Vaccination in Bombay 1924-1928 - 1924-1928
Year: 1924
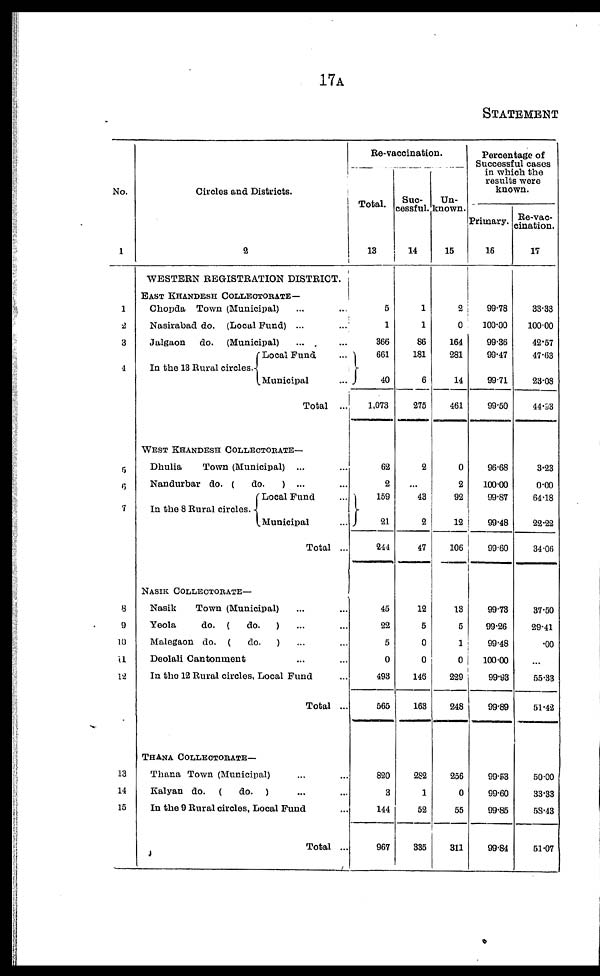
17A
STATEMENT
No.
1
1
2
3
4
5
6
7
8
9
10
11
12
13
14
15
Circles and Districts.
2
WESTERN REGISTRATION DISTRICT.
EAST KHANDESH COLLECTORATE—
Chopda Town (Municipal) ... ...
Nasirabad do. (Local Fund) ... ...
Jalgaon
do. (Municipal) ... ...
In the 13 Rural circles.
Local Fund ...
Municipal ...
Total ...
WEST KHANDESH COLLECTORATE—
Dhulia
Town (Municipal) ... ...
Nandurbar do. (
do.
) ... ...
In the 8 Rural circles.
Local Fund ...
Municipal ...
Total ...
NASIK COLLECTORATE—
Nasik
Town (Municipal) ... ...
Yeola
do. (
do.
) ... ...
Malegaon do. (
do.
) ... ...
Deolali Cantonment ... ...
In the 12 Rural circles, Local Fund ...
Total ...
THANA COLLECTORATE—
Thana Town (Municipal) ... ...
Kalyan do. (
do. ) ... ...
In the 9 Rural circles, Local Fund ...
Total ...
Re-vaccination.
Total.
13
5
1
366
661
40
1,073
62
2
159
21
244
45
22
5
0
493
565
820
3
144
967
Suc-
cessful.
14
1
1
86
181
6
275
2
...
43
2
47
12
5
0
0
146
163
282
1
52
335
Un-
known.
15
2
0
164
281
14
461
0
2
92
12
106
13
5
1
0
229
248
256
0
55
311
Percentage of
Successful cases
in which the
results were
known.
Primary.
16
99.78
100.00
99.36
99.47
99.71
99.50
96.68
100.00
99.87
99.48
99.60
99.73
99.26
99.48
100.00
99.93
99.89
99.53
99.60
99.85
99.84
Re-vac-
cination.
17
33.33
100.00
42.57
47.63
23.08
44.93
3.23
0.00
64.18
22.22
34.06
37.50
29.41
.00
...
55.33
51.42
50.00
33.33
58.43
51.07